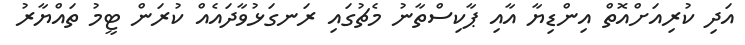
އަދި ކުރިއަށްއޮތް އިންޑިޔާ އާއި ޕާކިސްތާނު މެޗުގައި ރަނގަޅުވާދައެއް ކުރަން ޓީމު ތައްޔާރު